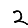
Digit: 2